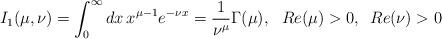
LaTeX: \begin{align*}I_{1}(\mu,\nu)=\int_{0}^{\infty}dx \,x^{\mu-1}e^{-\nu x}=\frac1{\nu^{\mu}}\Gamma(\mu),\,\,\,\,Re(\mu)>0,\,\,\,Re(\nu)>0\end{align*}